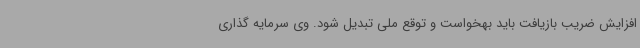
افزایش ضریب بازیافت باید بهخواست و توقع ملی تبدیل شود. وی سرمایه گذاری